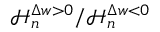
\mathcal { H } _ { n } ^ { \Delta w > 0 } / \mathcal { H } _ { n } ^ { \Delta w < 0 }